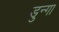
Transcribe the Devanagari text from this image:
डुन्गा